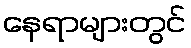
နေရာများတွင်